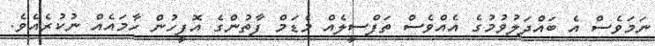
ނަމަވެސް އެ ބައްދަލުވުމުގެ އެއްވެސް ތަފްސީލެއް މެޑަމް ފާތުންގެ އޮފީހުން ހާމައެއް ނުކުރެއެވެ.